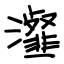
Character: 瀣